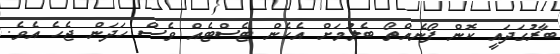
ބާރުގަދައީ ކޮން ފޯނެއްތޯ ބެލުމަށް އެހެން ޓެސްޓެއް ވެސް ހަދަން ޖެހެ އެވެ.